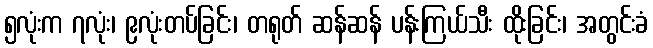
၅လုံးက ၇လုံး၊ ၉လုံးတပ်ခြင်း၊ တရုတ် ဆန်ဆန် ပန်းကြယ်သီး ထိုးခြင်း၊ အတွင်းခံ